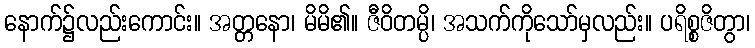
နောက်၌လည်းကောင်း။ အတ္တနော၊ မိမိ၏။ ဇီဝိတမ္ပိ၊ အသက်ကိုသော်မှလည်း။ ပရိစ္စဇိတွာ၊